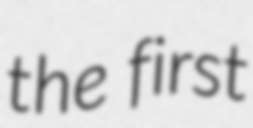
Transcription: the first